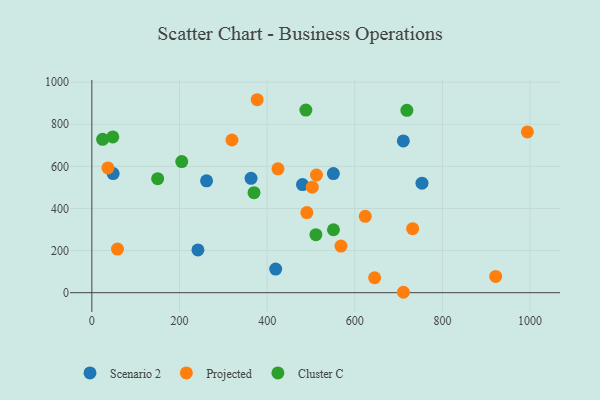
{"axis": {"x": "Ad Spend", "y": "Sales"}, "legend": ["Cluster C", "Projected", "Scenario 2"], "data": [{"x": "242.1", "y": 203.2, "type": "Scenario 2"}, {"x": "48.6", "y": 565.6, "type": "Scenario 2"}, {"x": "480.7", "y": 513.4, "type": "Scenario 2"}, {"x": "261.8", "y": 531.1, "type": "Scenario 2"}, {"x": "551.2", "y": 565.6, "type": "Scenario 2"}, {"x": "363.3", "y": 543.1, "type": "Scenario 2"}, {"x": "753.4", "y": 520.3, "type": "Scenario 2"}, {"x": "419.5", "y": 112.1, "type": "Scenario 2"}, {"x": "710.8", "y": 720.9, "type": "Scenario 2"}, {"x": "424.8", "y": 588.2, "type": "Projected"}, {"x": "711.0", "y": 1.9, "type": "Projected"}, {"x": "319.8", "y": 725.2, "type": "Projected"}, {"x": "568.5", "y": 221.2, "type": "Projected"}, {"x": "623.9", "y": 362.8, "type": "Projected"}, {"x": "58.5", "y": 206.9, "type": "Projected"}, {"x": "490.7", "y": 380.6, "type": "Projected"}, {"x": "921.6", "y": 77.2, "type": "Projected"}, {"x": "993.9", "y": 763.5, "type": "Projected"}, {"x": "503.0", "y": 500.9, "type": "Projected"}, {"x": "732.1", "y": 304.0, "type": "Projected"}, {"x": "645.3", "y": 70.8, "type": "Projected"}, {"x": "512.6", "y": 559.0, "type": "Projected"}, {"x": "377.3", "y": 916.5, "type": "Projected"}, {"x": "36.7", "y": 592.7, "type": "Projected"}, {"x": "47.8", "y": 739.9, "type": "Cluster C"}, {"x": "488.4", "y": 867.3, "type": "Cluster C"}, {"x": "205.2", "y": 622.9, "type": "Cluster C"}, {"x": "551.4", "y": 299.0, "type": "Cluster C"}, {"x": "370.1", "y": 475.0, "type": "Cluster C"}, {"x": "150.2", "y": 541.5, "type": "Cluster C"}, {"x": "511.3", "y": 275.6, "type": "Cluster C"}, {"x": "24.6", "y": 728.6, "type": "Cluster C"}, {"x": "718.9", "y": 866.1, "type": "Cluster C"}]}